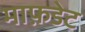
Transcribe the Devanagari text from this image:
माफ़डेट